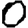
Digit: 0